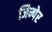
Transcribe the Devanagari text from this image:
जिन्पेर